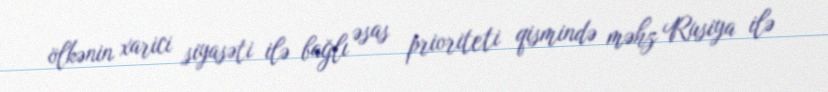
ölkənin xarici siyasəti ilə bağlı əsas prioriteti qismində məhz Rusiya ilə